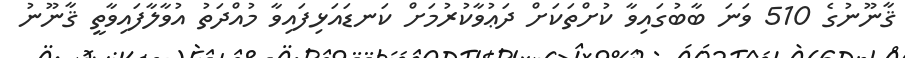
ޤާނޫނުގެ 510 ވަނަ ބާބުގައިވާ ކުށްތަކަށް ދަޢުވާކުރުމަށް ކަނޑައަޅިފައިވާ މުއްދަތު އުވާލާފައިވާތީ ޤާނޫނު